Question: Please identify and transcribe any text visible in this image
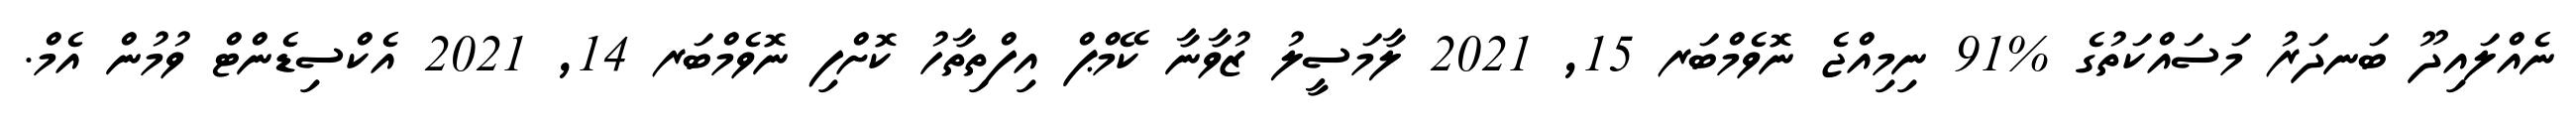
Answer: ނެއްލައިދޫ ބަނދަރު މަސައްކަތުގެ %91 ނިމިއްޖެ ނޮވެމްބަރ 15, 2021 ލާމަސީލު ޒުވާނާ ކޭމްޕް އިފްތިތާހު ކޮށްފި ނޮވެމްބަރ 14, 2021 އެކްސިޑެންޓް ވުމުން އެމް.